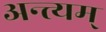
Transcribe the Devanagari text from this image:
अन्त्यम्